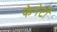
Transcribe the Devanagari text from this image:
फेनेर्टी